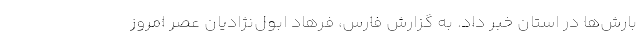
بارش‌ها در استان خبر داد. به گزارش فارس، فرهاد ابول‌نژادیان عصر امروز